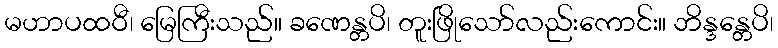
မဟာပထဝီ၊ မြေကြီးသည်။ ခဏေန္တပိ၊ တူးဖြိုသော်လည်းကောင်း။ ဘိန္ဒန္တေပိ၊